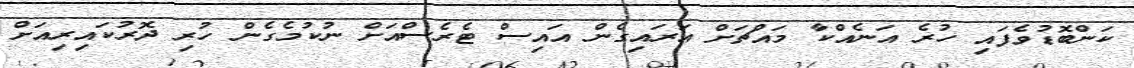
ކަންބޮޑުވެފައި ހުރެ އަނެއްކާ މައްޗަށް އަރައިގެން އައިސް ޓެރެސްއަށް ނުކުމެގެން ހުރި ދޮރުކައިރިއަށް